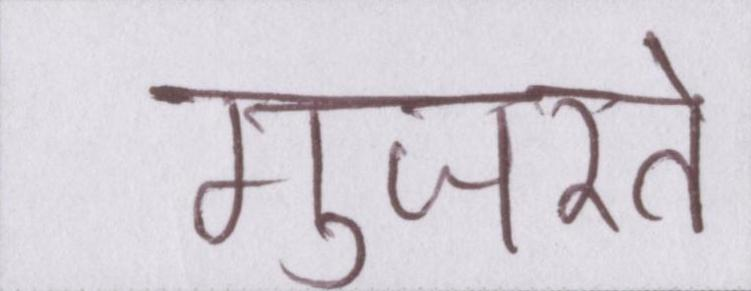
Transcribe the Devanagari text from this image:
गुजरते